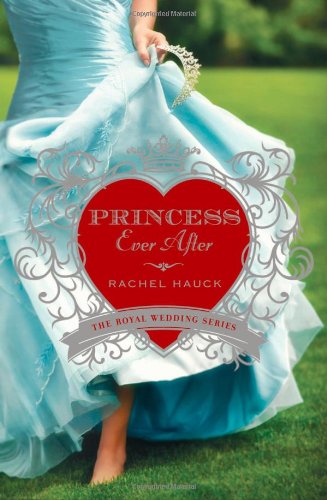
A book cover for Princess Ever After (Royal Wedding Series); Rachel Hauck; Literature & Fiction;